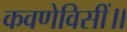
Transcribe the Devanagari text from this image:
कवणेविसीं॥